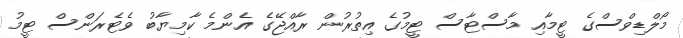
މޯލްޑިވްސްގެ ޓީމާއި މާސްޓާސް ޓީމުގެ އިތުުރުން ރާއްޖޭގެ އެންމެ ކާމިޔާބު ވެޓެރަންސް ޓީމު